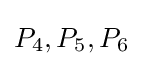
P_{4},P_{5},P_{6}